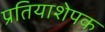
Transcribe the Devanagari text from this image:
प्रतियाशेपक